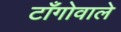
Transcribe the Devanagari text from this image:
टाँगोवाले